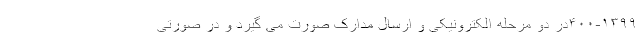
۴۰۰-۱۳۹۹در دو مرحله الکترونیکی و ارسال مدارک صورت می گیرد و در صورتی